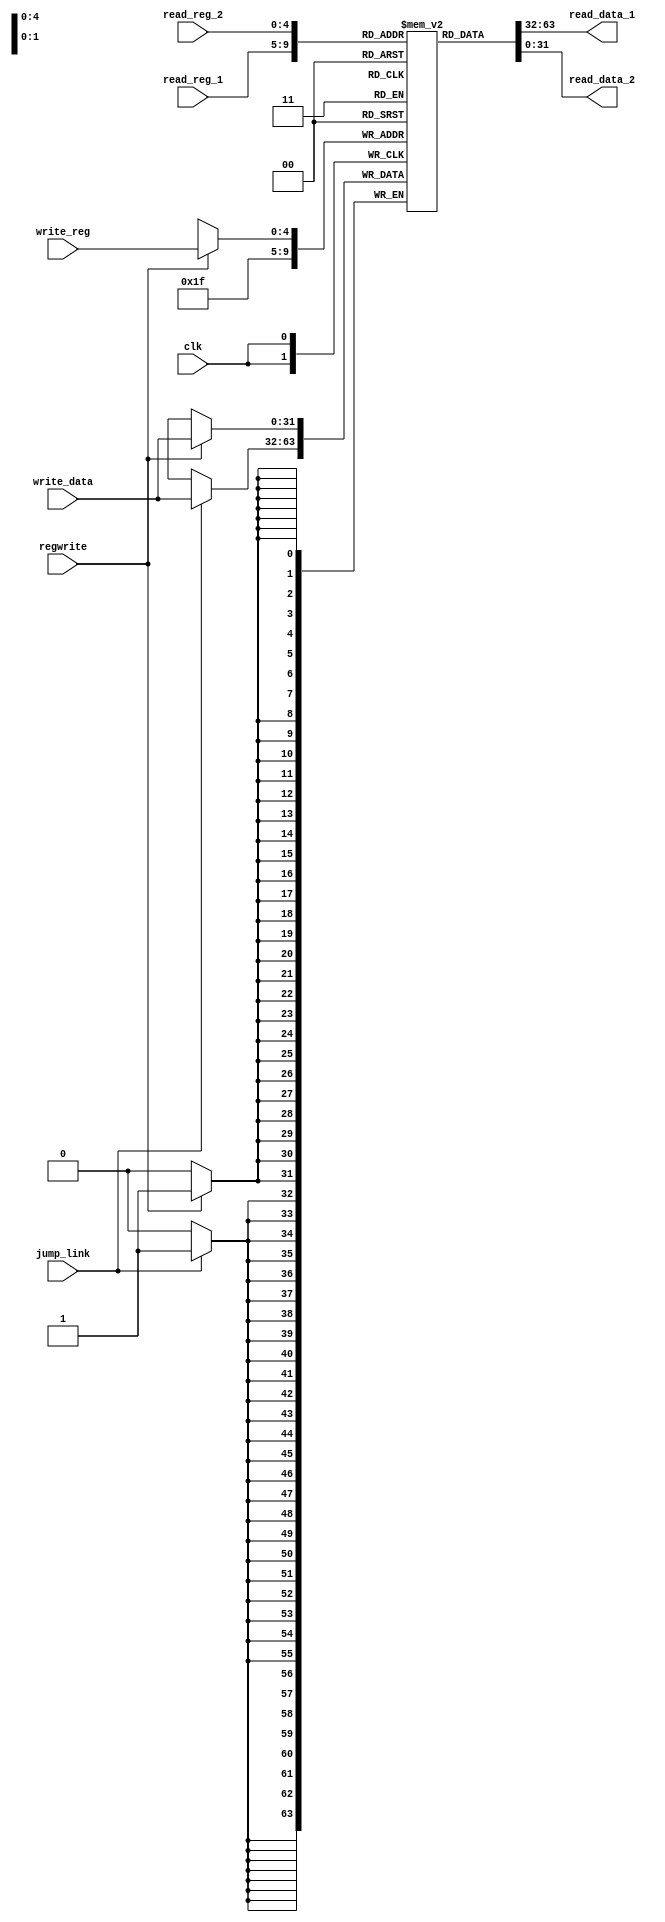
module registerbank #(parameter M=5, N=32) (input clk,regwrite,jump_link,
					    input [4:0] read_reg_1,read_reg_2,write_reg,
		                            input [31:0] write_data,
				            output reg[31:0] read_data_1,read_data_2); 

reg [31:0] mem [0:31];

initial begin
mem[0] <= 0;
//mem[2] = 3;
mem[5] = 15;
end

always @(posedge clk) begin 
	if (regwrite == 1)
		mem[write_reg] <= write_data;
	if (jump_link == 1)
 		mem[31] <= write_data;
	
end 

always @(*)begin
	read_data_1 <= mem[read_reg_1];
	read_data_2 <= mem[read_reg_2];		
end

endmodule